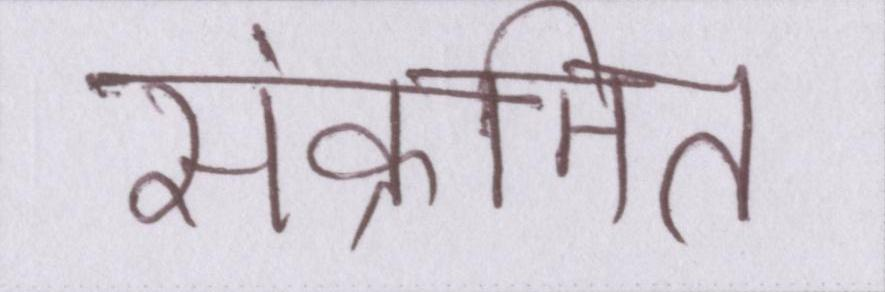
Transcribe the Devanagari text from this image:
संक्रमित